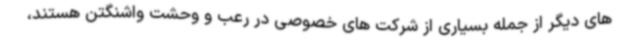
های دیگر از جمله بسیاری از شرکت های خصوصی در رعب و وحشت واشنگتن هستند،